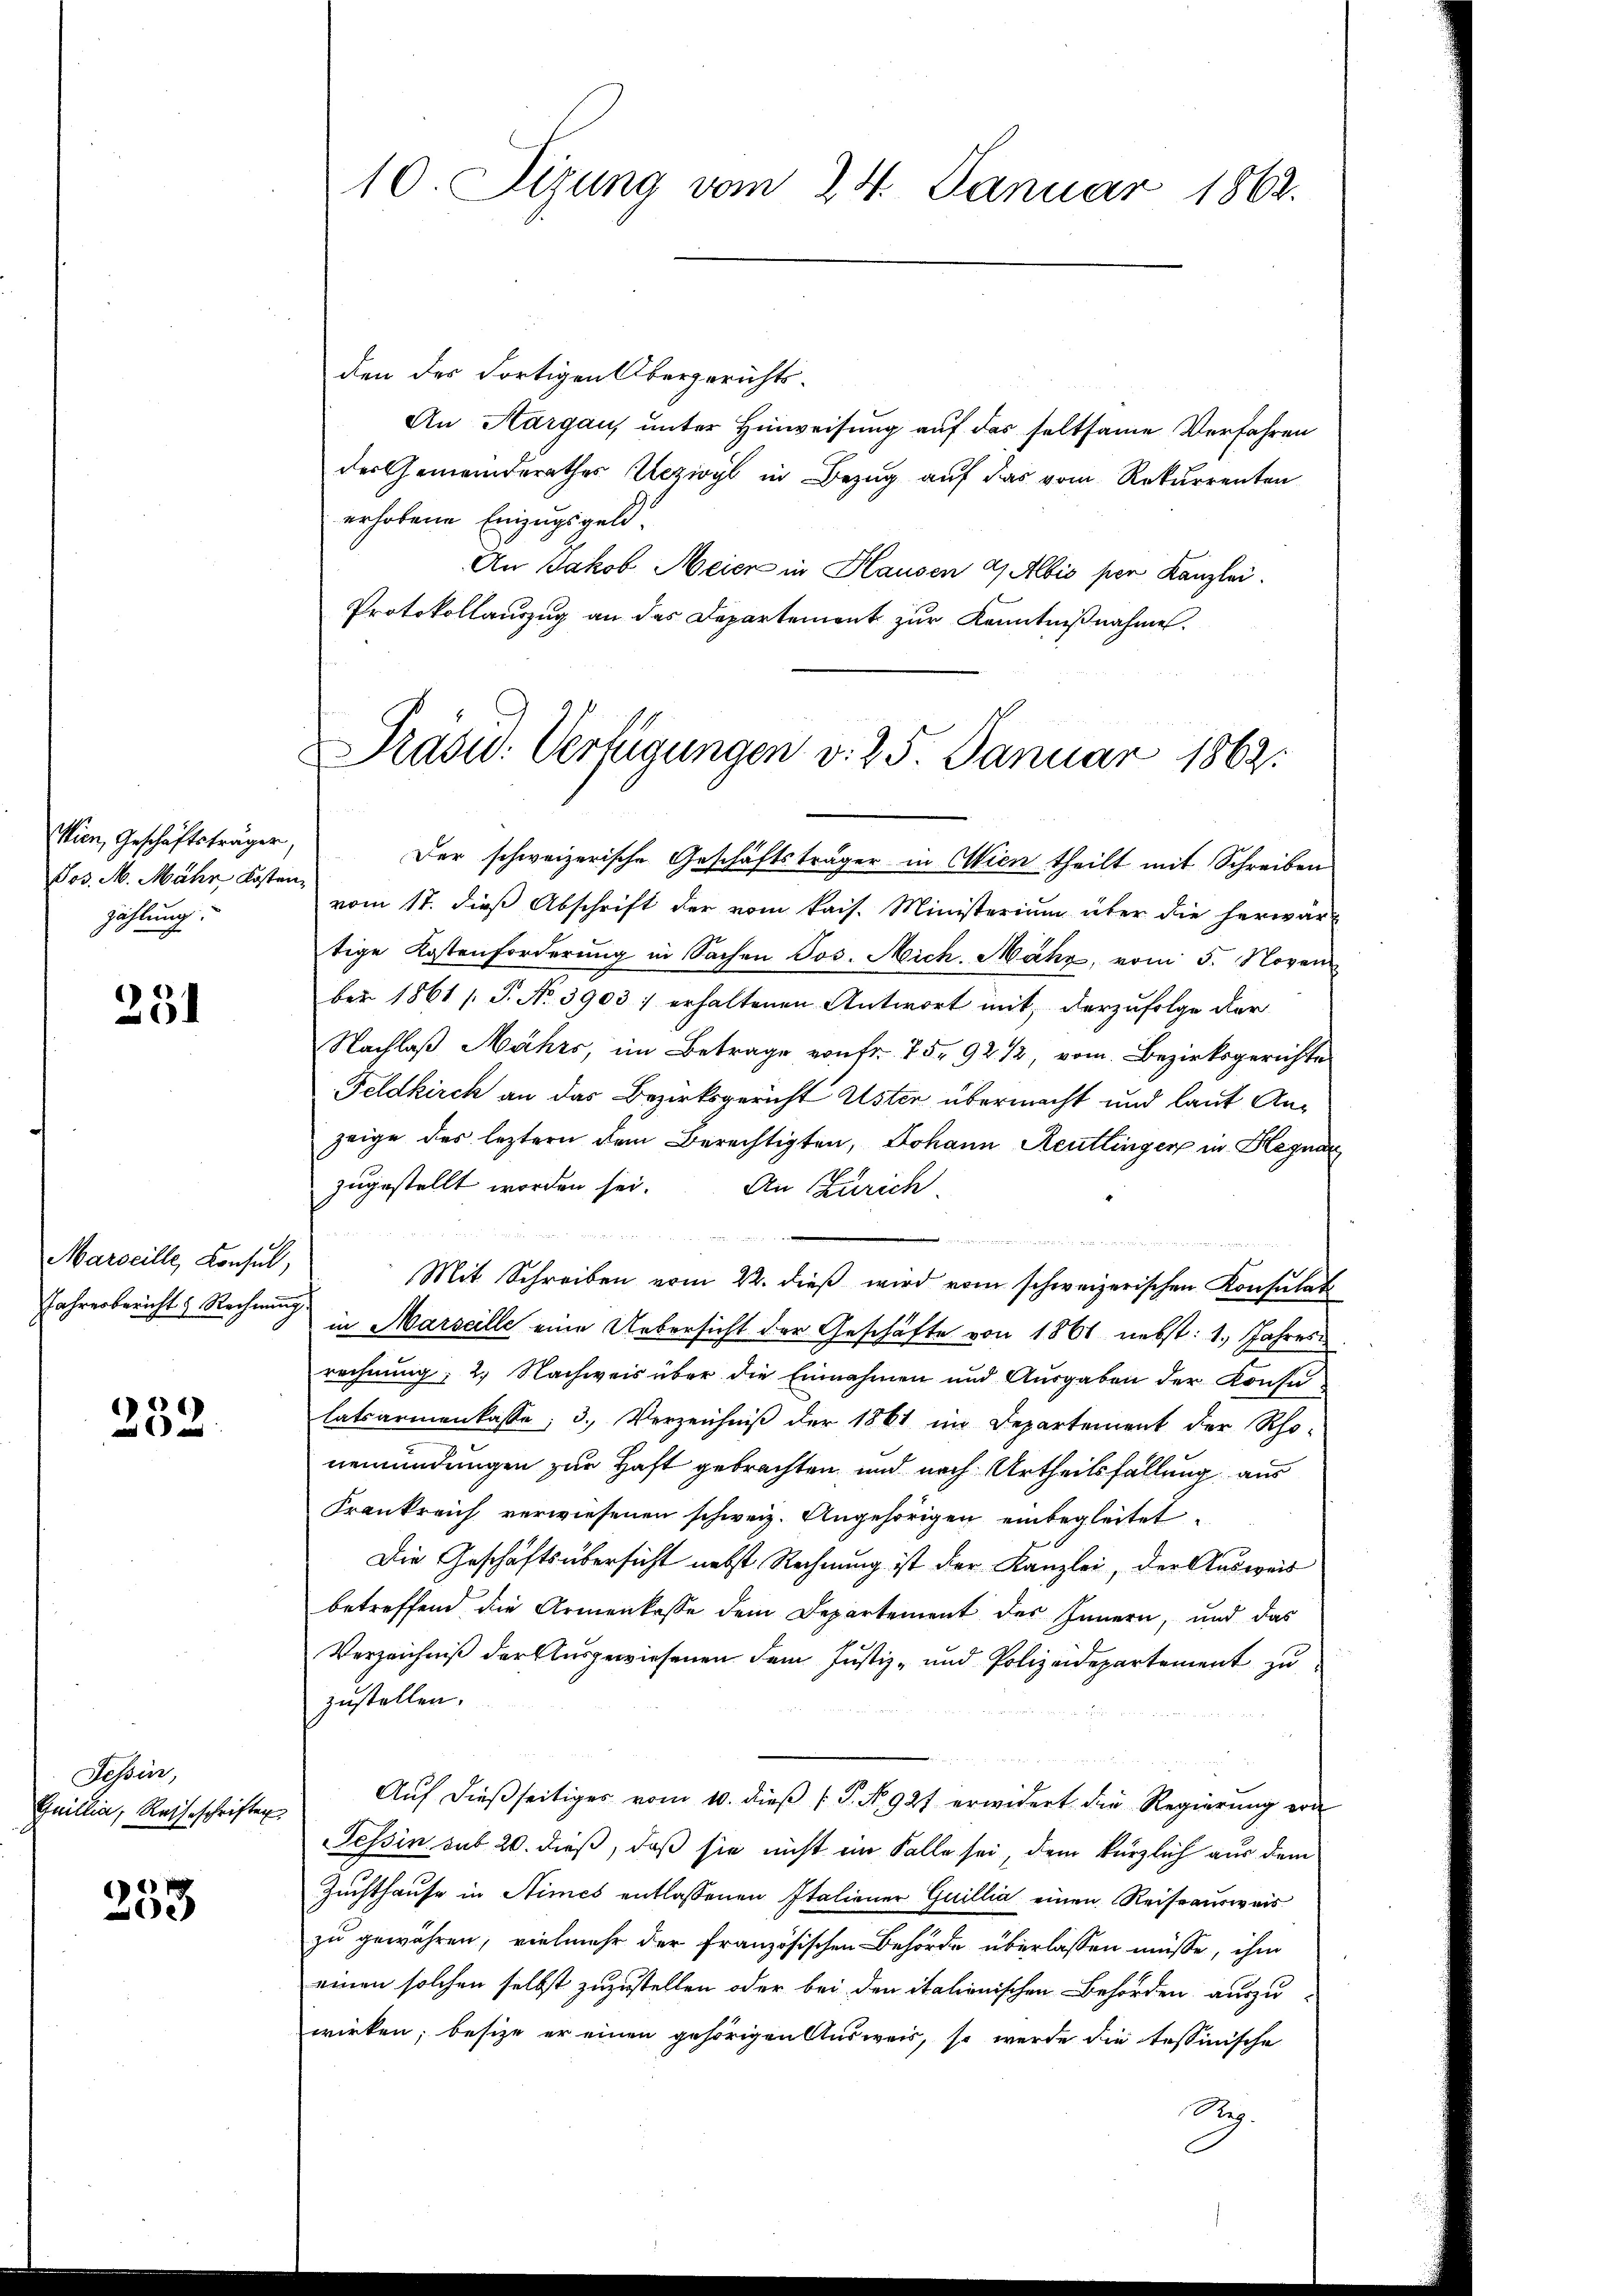
Wien, Geschäftsträger,
Jos. M. Mähr Kosten
zählung.

254

Marseille, Konsul,

232.

Tessin,
Gaillia, Ratheschriften

6
e

10. Sizung vom 24. Januar 1862.

den der dortigen Übergerichts¬
An Aargau, unter Hinweisung auf das seltsame Verfahren
der Gemeinderathes Uezivyl in Bezug auf das vom Rekurrenten
erhobene Einzugsgeld.
An Jakob Meier in Hausen a) Albis per Kanzlei.
Protokollauszug an das Departement zur Kenntnißnahme.
Der schweizerische Geschäftsträger in Wien theilt mit Schreiben
vom 17. dieß Abschrift der vom kais. Ministerium über die herwar-
tige Kostenforderung in Sachen Jos. Nich. Mahr, vom 5. Novem
ber 1861 s. S. No. 3903. erhaltenen Antwort mit derzufolge der
Nachlaß Mährs, im Betrage von fr. 75. 92 1/2, vom Bezirksgerichte
Feldkirch an das Bezirksgericht Uster übermacht und laut Anzeige des leztern dem Berechtigten, Johann Reutlinger in Hegnar
zugestellt worden sei. An Zürich

n
Mit Schreiben vom 22. dieß wird vom schweizerischen Konsulat
Jahresberichts Rechnung in Marseille eine Uebersicht der Geschäfte von 1861 nebst: 1. Jahresrechnung; 2. Nachweis über die Einnahmen und Ausgaben der Konsulatsarmenkasse, 3. Verzeichniß der 1861 im Departement der Rho-
gemündungen zur Haft gebrachten und nach Urtheilsfallung aus
Frankreich verwiesenen schweiz. Angehörigen einbegleitet,
Die Geschäftsübersicht nebst Rechnung ist der Kanzlei, der Ausweis
betreffend die Armenkasse dem Departement des Innern, und das
Verzeichniß der Ausgewiesenen dem Justiz- und Polizeidepartement zuzustellen.
Aŭf dießseitiges vom 10. dieβ P. No. 927 erwidert die Regierŭng von
Tessin, sub 20. dieß, daß sie nicht im Falle sei, dem kürzlich aus dem
Zuchthause in Stimes entlassenen Italiener Guillia einen Reiseausweis
zu gewähren, vielmehr der französischen Behörde überlassen müsse, ihm
einen solchen selbst zuzustellen oder bei den italienischen Behörden auszu-
wirken; besize er einen gehörigen Ausweis, so werde die tessinische
Reg.

Präsid.. Verfügungen v. 25. Januar 1863.